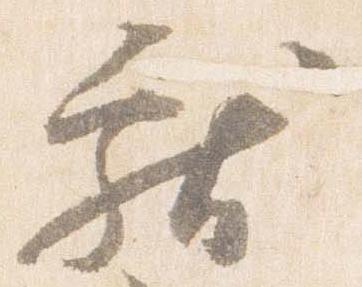
献